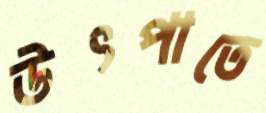
উৎপাতে